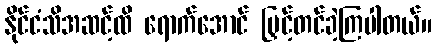
နိုင်ငံသိအဆင့်ထိ ရောက်အောင် မြှင့်တင်ခဲ့ကြပါတယ်။